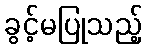
ခွင့်မပြုသည့်